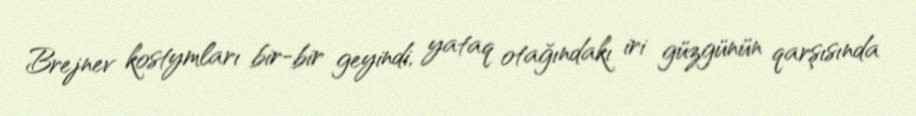
Brejnev kostymları bir-bir geyindi, yataq otağındakı iri güzgünün qarşısında